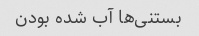
بستنی‌ها آب شده بودن